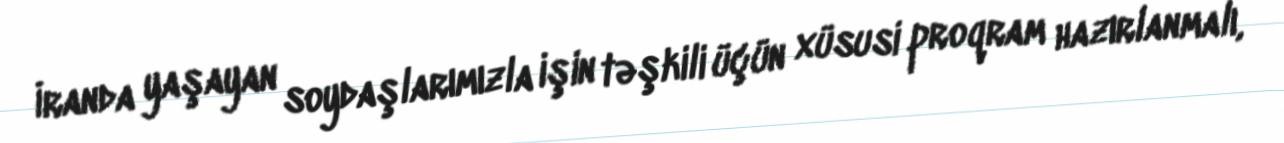
İranda yaşayan soydaşlarımızla işin təşkili üçün xüsusi proqram hazırlanmalı,